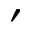
'